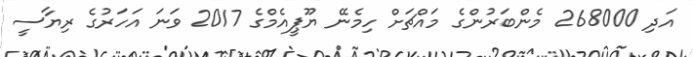
އަދި 268000 މެންބަރުންގެ މައްޗަށް ހިމެނޭ ޔޫޕީއެމްގެ 2017 ވަނަ އަހަރުގެ ރިޔާސީ